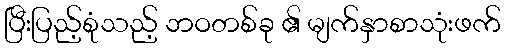
ပြီးပြည့်စုံသည့် ဘဝတစ်ခု ၏ မျက်နှာစာသုံးဖက်